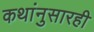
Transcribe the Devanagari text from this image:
कथांनुसारही